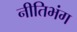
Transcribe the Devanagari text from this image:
नीतिभंग